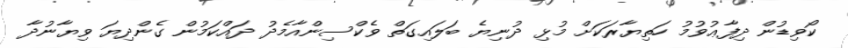
ކޯވިޑުން ދިފާޢުވުމު ހަތިޔާރަކަށް މުޅި ދުނިޔެ ބަލައިގަތް ވެކްސިންއާމެދު ދައްކަމުން ގެންދިޔަ ވިޔާނުދާ